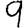
Digit: 9